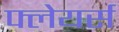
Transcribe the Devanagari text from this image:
फ्लेयर्स